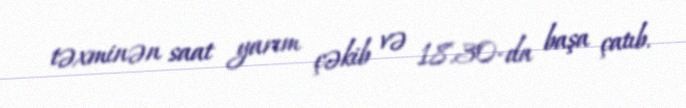
təxminən saat yarım çəkib və 18.30-da başa çatıb.